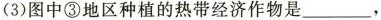
(3)图中③地区种植的热带经济作物是___，